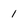
Character: 1